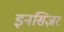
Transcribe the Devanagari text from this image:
इनसिज़र